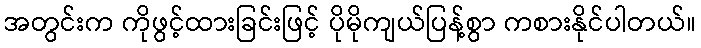
အတွင်းက ကိုဖွင့်ထားခြင်းဖြင့် ပိုမိုကျယ်ပြန့်စွာ ကစားနိုင်ပါတယ်။